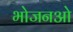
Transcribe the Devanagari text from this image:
भोजनओ